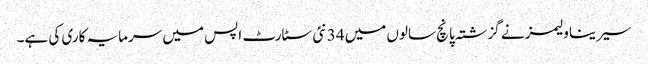
سیرینا ولیمز نے گزشتہ پانچ سالوں میں 34 نئی سٹارٹ اپس میں سرمایہ کاری کی ہے۔